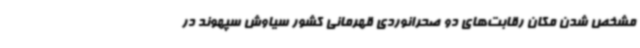
مشخص شدن مکان رقابت‌های دو صحرانوردی قهرمانی کشور سیاوش سپهوند در